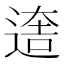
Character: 𨕎